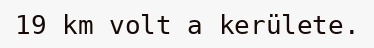
19 km volt a kerülete.